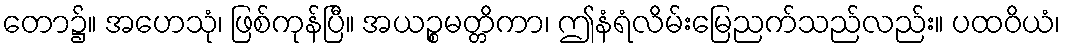
တော၌။ အဟေသုံ၊ ဖြစ်ကုန်ပြီ။ အယဉ္စမတ္တိကာ၊ ဤနံရံလိမ်းမြေညက်သည်လည်း။ ပထဝိယံ၊